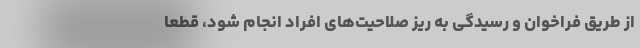
از طریق فراخوان و رسیدگی به ریز صلاحیت‌های افراد انجام شود، قطعاً